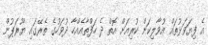
އެ ފިޔަވަޅުތައް އުވާލިކަން ކުރިއަށް އޮތް ދެ ހަފްތާއެއްހާ ދުވަހުގެ ތެރޭގައި ޔޫރަޕުން